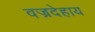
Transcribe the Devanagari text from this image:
वज्रदेहाय